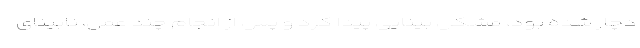
دچار شده بود، مشکل بینایی پیدا کرد و پس از انجام چند عمل، نابینای